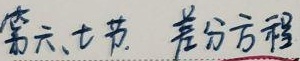
第六、七节 差分方程